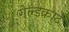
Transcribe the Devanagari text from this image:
गेल्डकार्ट